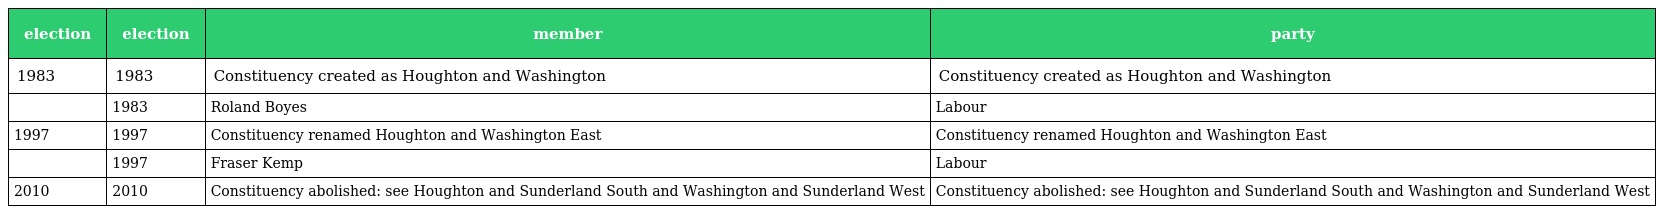
| election | election | member | party |
 | --- | --- | --- | --- |
 | 1983 | 1983 | Constituency created as Houghton and Washington | Constituency created as Houghton and Washington |
 |  | 1983 | Roland Boyes | Labour |
 | 1997 | 1997 | Constituency renamed Houghton and Washington East | Constituency renamed Houghton and Washington East |
 |  | 1997 | Fraser Kemp | Labour |
 | 2010 | 2010 | Constituency abolished: see Houghton and Sunderland South and Washington and Sunderland West | Constituency abolished: see Houghton and Sunderland South and Washington and Sunderland West |